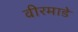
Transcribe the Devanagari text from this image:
वीरमाडे